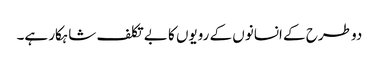
دو طرح کے انسانوں کے رویوں کا بے تکلف شاہکار ہے۔